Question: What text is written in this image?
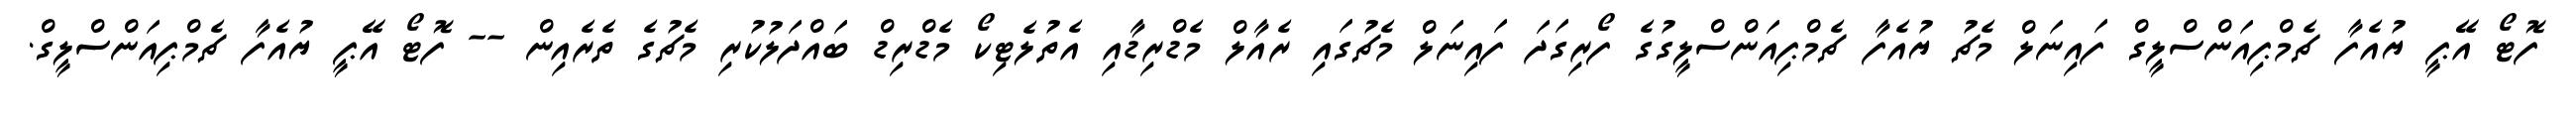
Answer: ފޮޓޯ އޭޕީ ޔުއެފާ ޗެމްޕިއަންސްލީގް ފައިނަލް މެޗު ޔުއެފާ ޗެމްޕިއަންސްލީގުގެ ފޯރިގަދަ ފައިނަލް މެޗުގައި ރެއާލް މެޑްރިޑާއި އެތުލެޓިކޯ މެޑްރިޑް ބައްދަލުކުރި މެޗުގެ ތެރެއިން -- ފޮޓޯ އޭޕީ ޔުއެފާ ޗެމްޕިއަންސްލީގް.